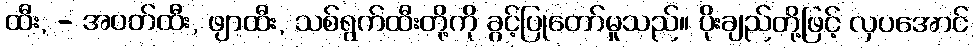
ထီး, - အဝတ်ထီး, ဖျာထီး, သစ်ရွက်ထီးတို့ကို ခွင့်ပြုတော်မူသည်။ ပိုးချည်တို့ဖြင့် လှပအောင်